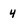
Character: 4